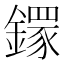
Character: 𨬸